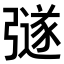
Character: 𭛉